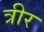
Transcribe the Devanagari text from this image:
त्रीर